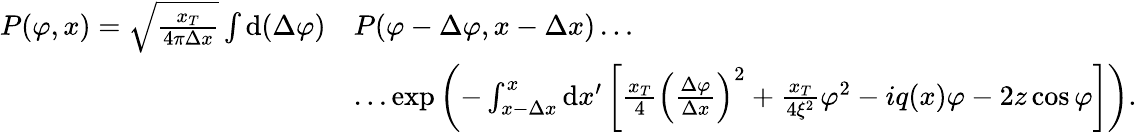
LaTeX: \begin{array}{rl}{P(\varphi,x)=\sqrt{\frac{x_{T}}{4\pi\Delta x}}\int\mathrm{d}(\Delta\varphi)}&{P(\varphi-\Delta\varphi,x-\Delta x)\dots}\\ &{\dots\exp\left(-\int_{x-\Delta x}^{x}\mathrm{d}x^{\prime}\left[\frac{x_{T}}{4}\left(\frac{\Delta\varphi}{\Delta x}\right)^{2}+\frac{x_{T}}{4\xi^{2}}\varphi^{2}-iq(x)\varphi-2z\cos\varphi\right]\right).}\end{array}